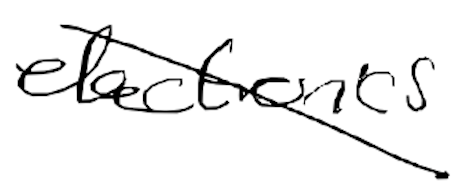
Text: electronics
Cross-out: diagonal
Writing tool: digital_black